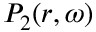
P _ { 2 } ( r , \omega )